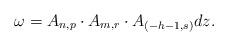
LaTeX: \begin{align*}\omega=A_{n,p}\cdot A_{m,r}\cdot A_{(-h-1,s)}dz.\end{align*}